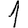
Digit: 1